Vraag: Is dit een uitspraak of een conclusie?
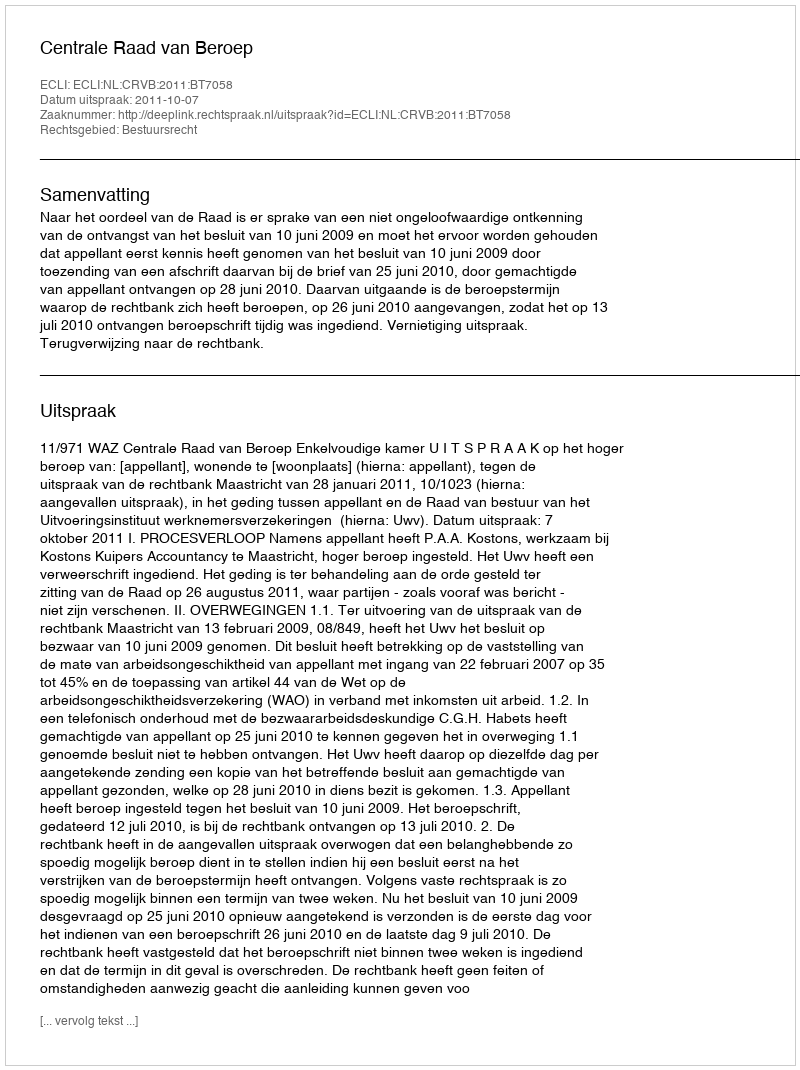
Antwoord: Uitspraak